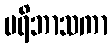
ပရိဘာသကာ